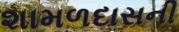
શામળદાસની